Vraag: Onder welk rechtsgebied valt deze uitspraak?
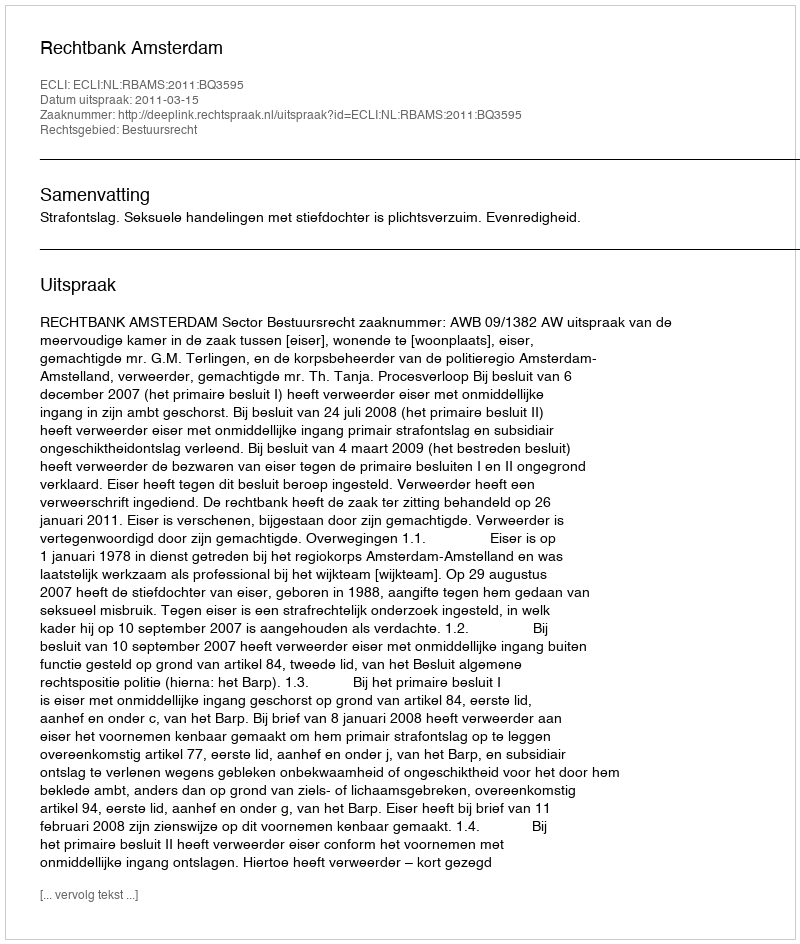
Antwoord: Bestuursrecht